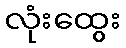
လုံးထွေး